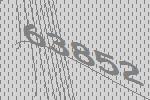
63852